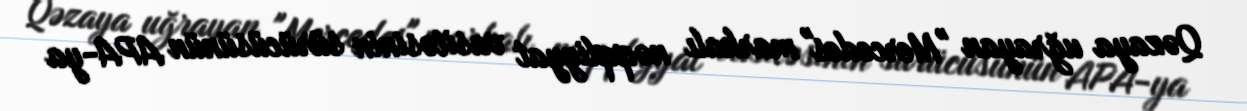
Qəzaya uğrayan "Mercedes" markalı nəqqliyyat vasitəsinin sürücüsünün APA-ya